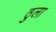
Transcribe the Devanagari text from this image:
ठुला